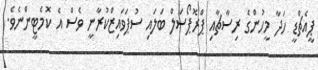
ޕީއެޗްޑީ ހަދާ މީހުންގެ ރިސާޗާއި ޕްރޮޕޯސަލް ބަލައި ސުޕަވައިޒްކުރާނީ ވެސް އެ ކޮމެޓީންނެވެ.